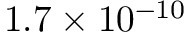
1 . 7 \times 1 0 ^ { - 1 0 }